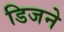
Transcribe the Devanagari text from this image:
डिजने